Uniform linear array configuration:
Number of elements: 12
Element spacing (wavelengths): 0.5
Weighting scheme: hann
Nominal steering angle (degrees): -30
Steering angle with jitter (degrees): -31.54
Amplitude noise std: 0.05
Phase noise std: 0.05

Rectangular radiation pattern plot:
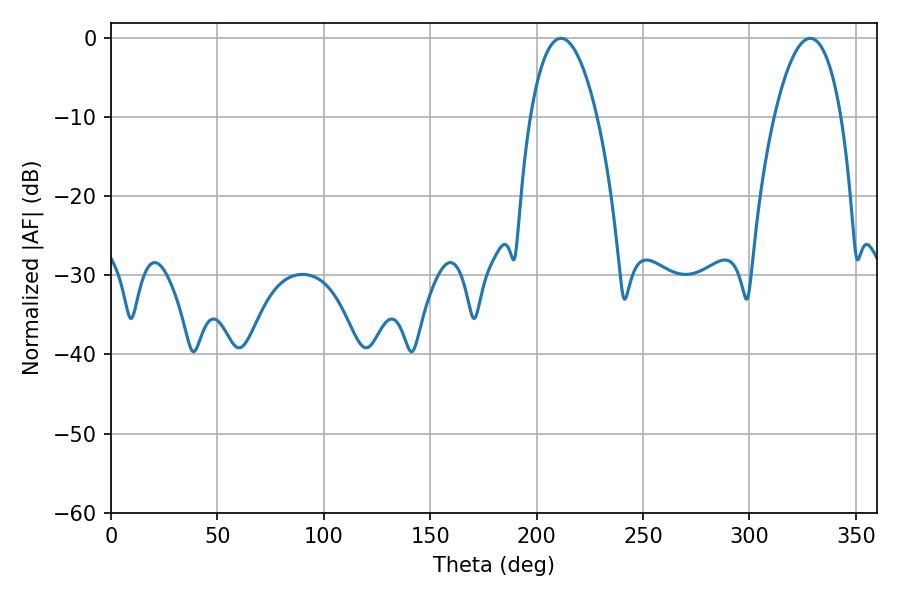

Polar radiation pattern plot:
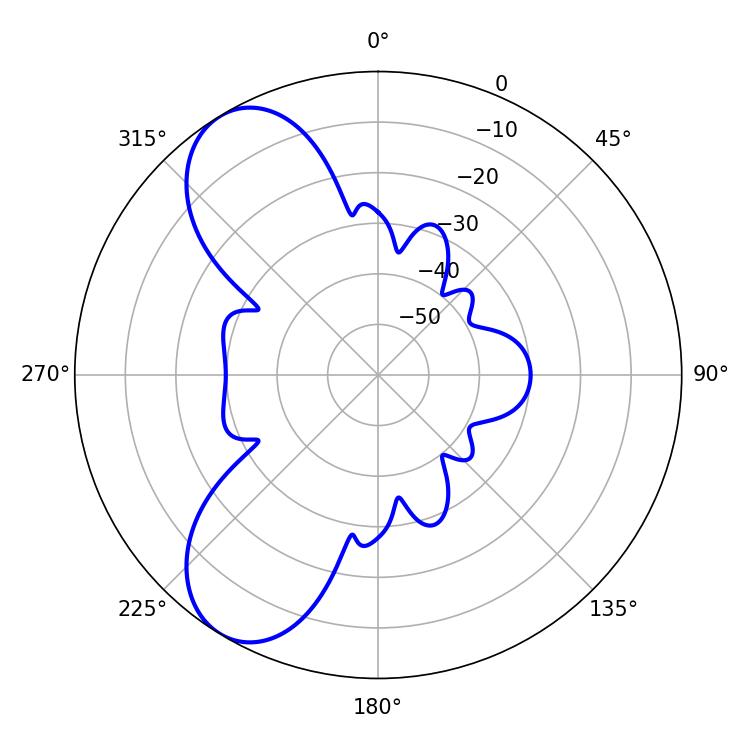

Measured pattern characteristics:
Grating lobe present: FALSE
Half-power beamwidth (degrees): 17.46
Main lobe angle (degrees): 211.5